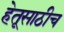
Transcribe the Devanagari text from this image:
हेतूसाठीच